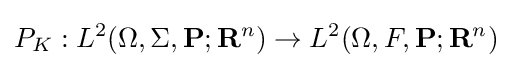
P_{K}:L^{2}(\Omega ,\Sigma ,\mathbf {P} ;\mathbf {R} ^{n})\to L^{2}(\Omega ,F,\mathbf {P} ;\mathbf {R} ^{n})